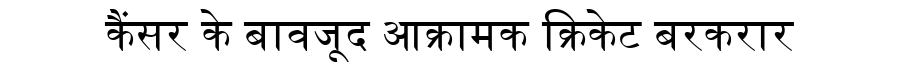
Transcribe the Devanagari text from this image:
कैंसर के बावजूद आक्रामक क्रिकेट बरकरार